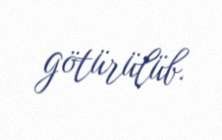
götürülüb.